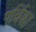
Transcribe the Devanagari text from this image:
पर्विका